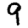
Digit: 9